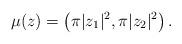
LaTeX: \begin{align*}\mu(z) = \left(\pi|z_1|^2,\pi|z_2|^2\right).\end{align*}